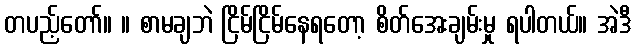
တပည့်တော်။ ။ စာမချဘဲ ငြိမ်ငြိမ်နေရတော့ စိတ်အေးချမ်းမှု ရပါတယ်။ အဲဒီ